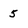
Character: 5